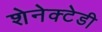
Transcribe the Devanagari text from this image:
शेनेक्टेडी